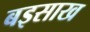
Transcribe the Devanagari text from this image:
बइसाख